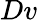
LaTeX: Dv